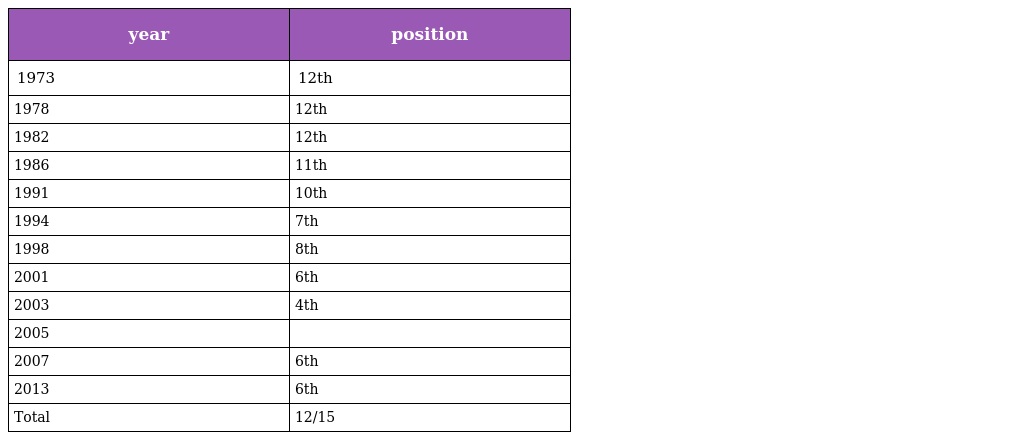
| year | position |
 | --- | --- |
 | 1973 | 12th |
 | 1978 | 12th |
 | 1982 | 12th |
 | 1986 | 11th |
 | 1991 | 10th |
 | 1994 | 7th |
 | 1998 | 8th |
 | 2001 | 6th |
 | 2003 | 4th |
 | 2005 |  |
 | 2007 | 6th |
 | 2013 | 6th |
 | Total | 12/15 |